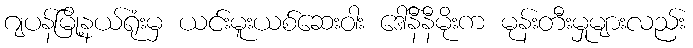
ဂျပန်မြို့နယ်ရုံးမှ ယင်းမူးယစ်ဆေးဝါး ဒေါ်နီနီမိုးက မုန်းတီးမှုများလည်း